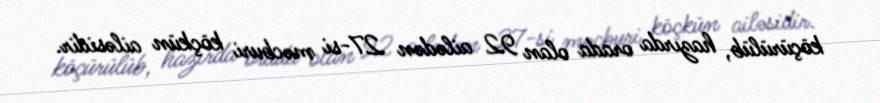
köçürülüb, hazırda orada olan 92 ailədən 27-si məcburi köçkün ailəsidir.